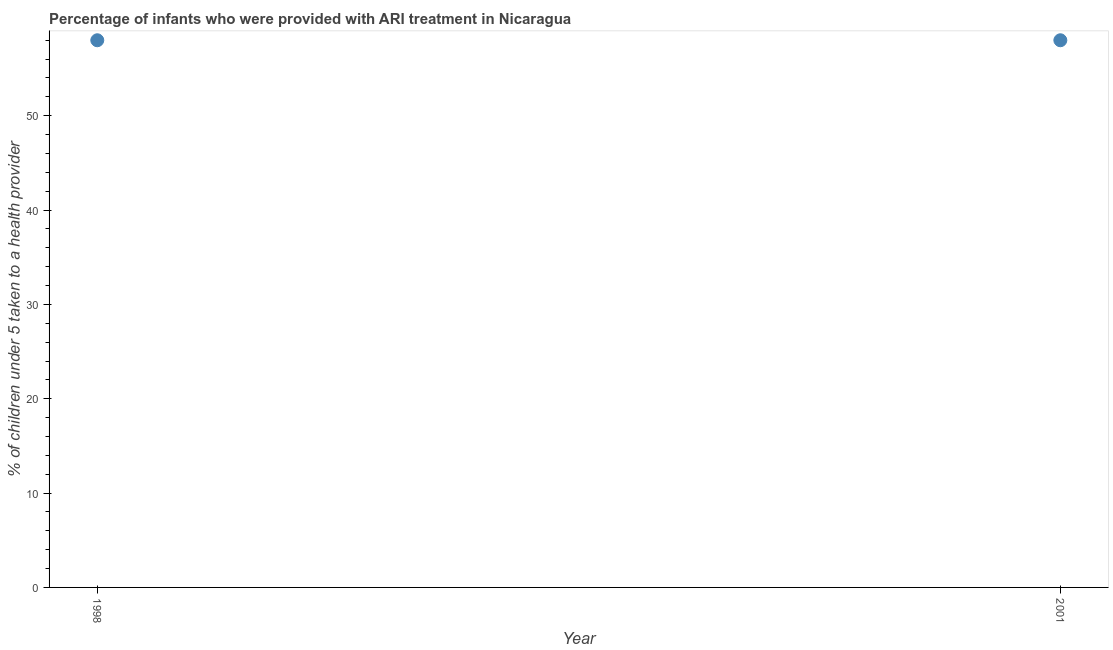
| Year | ARI treatment |
 | --- | --- |
 | 1998 | 58 |
 | 2001 | 58 |